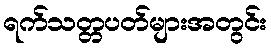
ရက်သတ္တပတ်များအတွင်း